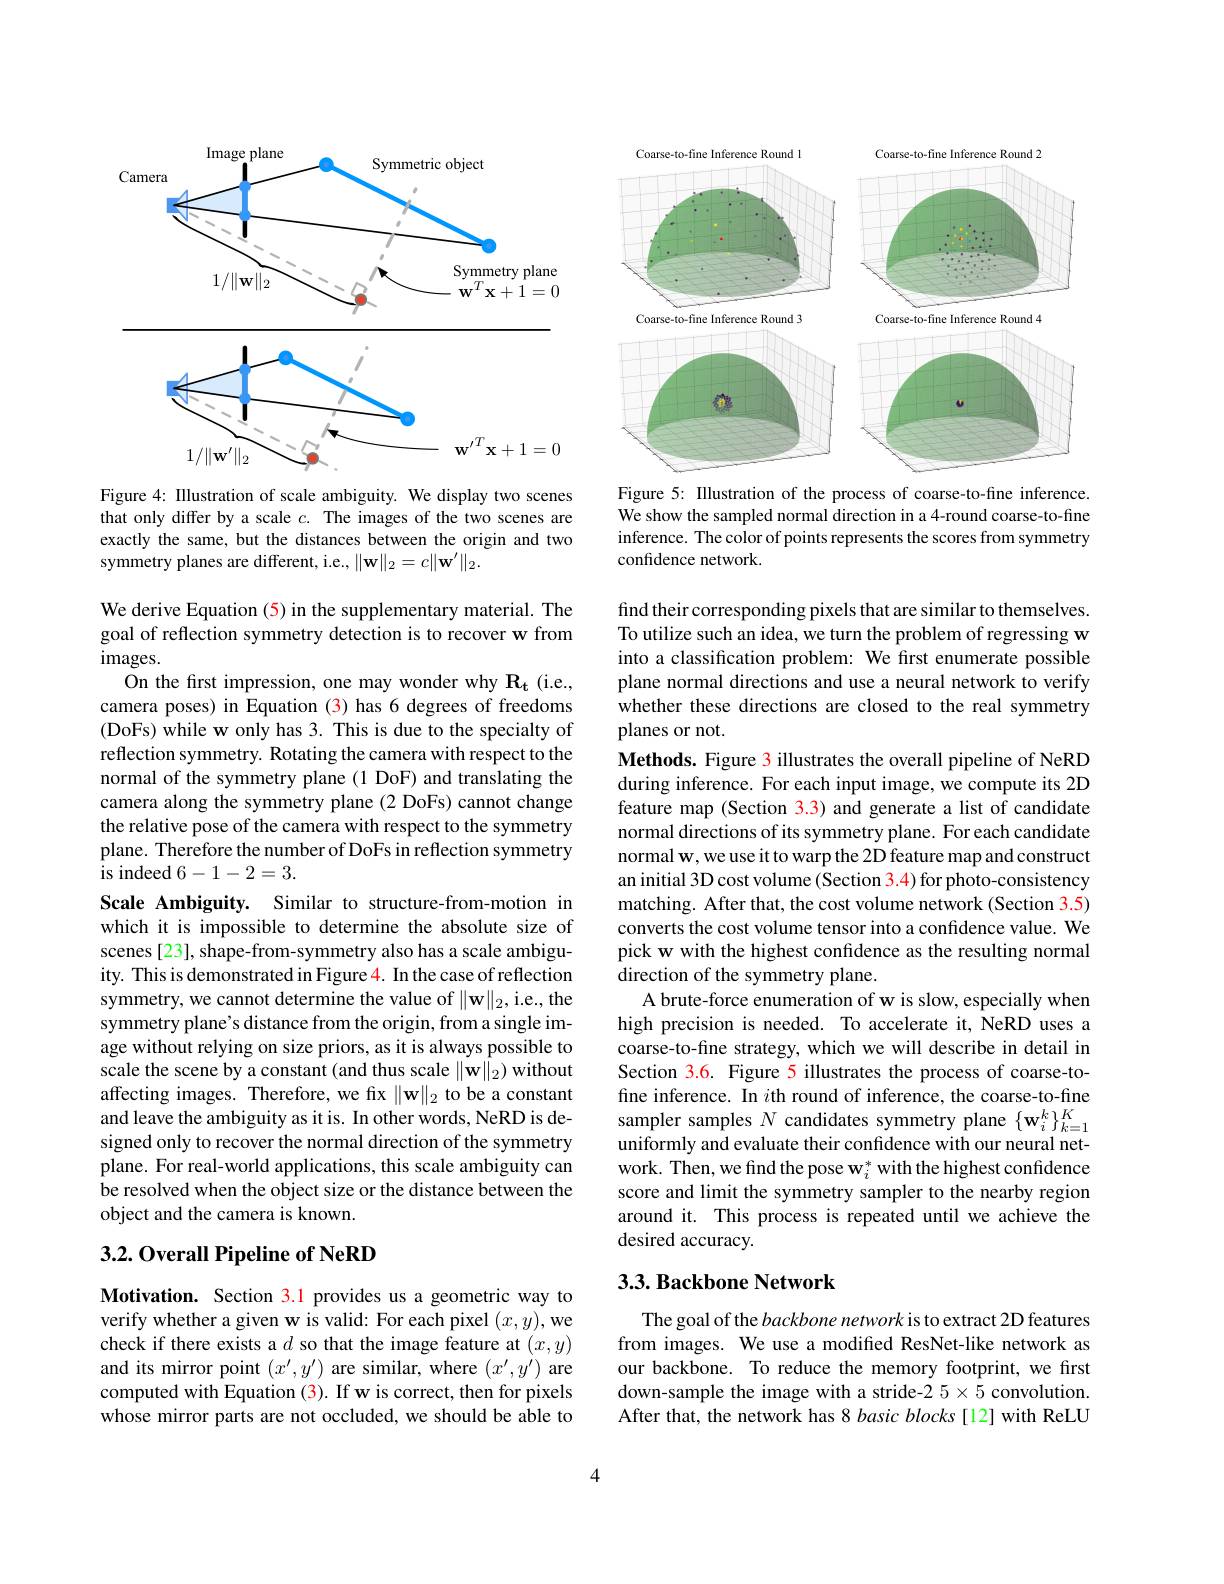
<FigureHere>

Figure 4: Illustration of scale ambiguity. We display two scenes that only differ by a scale $c.$ The images of the two scenes are exactly the same, but the distances between the origin and two symmetry planes are different, i.e., $\|\mathbf{w}\|_2=c\|\mathbf{w}^{\prime}\|_2.$

We derive Equation (5) in the supplementary material. The goal of reflection symmetry detection is to recover w from $images.$
On the first impression, one may wonder why $\mathbf{R_{t}}$ (i.e., camera poses) in Equation (3) has 6 degrees of freedoms (DoFs) while w only has 3. This is due to the specialty of reflection symmetry. Rotating the camera with respect to the normal of the symmetry plane (1 DoF) and translating the camera along the symmetry plane (2 DoFs) cannot change the relative pose of the camera with respect to the symmetry plane. Therefore the number of DoFs in reflection symmetry is indeed 6-1-2=3.
Scale Ambiguity. Similar to structure-from-motion in which it is impossible to determine the absolute size of scenes [23], shape-from-symmetry also has a scale ambiguity. This is demonstrated in Figure 4. In the case of reflection symmetry, we cannot determine the value of $\|\mathbf{w}\|_2$,i.e., the symmetry plane's distance from the origin, from a single image without relying on size priors, as it is always possible to scale the scene by a constant (and thus scale $\|\mathbf{w}\|_2)$ without affecting images. Therefore, we fix $\|\mathbf{w}\|_2$ to be a constant and leave the ambiguity as it is. In other words, NeRD is designed only to recover the normal direction of the symmetry plane. For real-world applications, this scale ambiguity can be resolved when the object size or the distance between the object and the camera is known.

## 3.2. Overall Pipeline of NeRD

Motivation. Section 3.1 provides us a geometric way to verify whether a given w is valid: For each pixel $(x,y)$,we check if there exists a $d$ so that the image feature at $(x,y)$ and its mirror point $(x^{\prime},y^{\prime})$ are similar, where $(x^{\prime},y^{\prime})$ are computed with Equation (3). If w is correct, then for pixels whose mirror parts are not occluded, we should be able to

Coarse-to-fine Inference Round l
Coarse-to-fine Inference Round 2
<FigureHere>
Figure 5: Illustration of the process of coarse-to-fine inference.

We show the sampled normal direction in a 4-round coarse-to-fine inference. The color of points represents the scores from symmetry confidence network.

find their corresponding pixels that are similar to themselves. To utilize such an idea, we turn the problem of regressing w into a classification problem: We first enumerate possible plane normal directions and use a neural network to verify whether these directions are closed to the real symmetry planes or not.
Methods. Figure 3 illustrates the overall pipeline of NeRD during inference. For each input image, we compute its 2D feature map (Section 3.3) and generate a list of candidate normal directions of its symmetry plane. For each candidate normal w, we use it to warp the 2D feature map and construct an initial 3D cost volume (Section 3.4) for photo-consistency matching. After that, the cost volume network (Section 3.5) converts the cost volume tensor into a confidence value. We pick w with the highest confidence as the resulting normal direction of the symmetry plane.
A brute-force enumeration of w is slow, especially when high precision is needed. To accelerate it, NeRD uses a coarse-to-fine strategy, which we will describe in detail in Section 3.6. Figure 5 illustrates the process of coarse-tofine inference. In $i$th round of inference, the coarse- to- fine sampler samples $N$ candidates symmetry plane $\{ \mathbf{w} _{i}^{k}\} _{k= 1}^{K}$ uniformly and evaluate their confidence with our neural network. Then, we find the pose w$_i^*$ with the highest confidence score and limit the symmetry sampler to the nearby region around it. This process is repeated until we achieve the desired accuracy.

## 3.3. Backbone Network

The goal of the backbone network is to extract 2D features from images. We use a modified ResNet-like network as our backbone. To reduce the memory footprint, we first down-sample the image with a stride-2 5×5 convolution After that, the network has 8 basic blocks [12] with ReLU

4